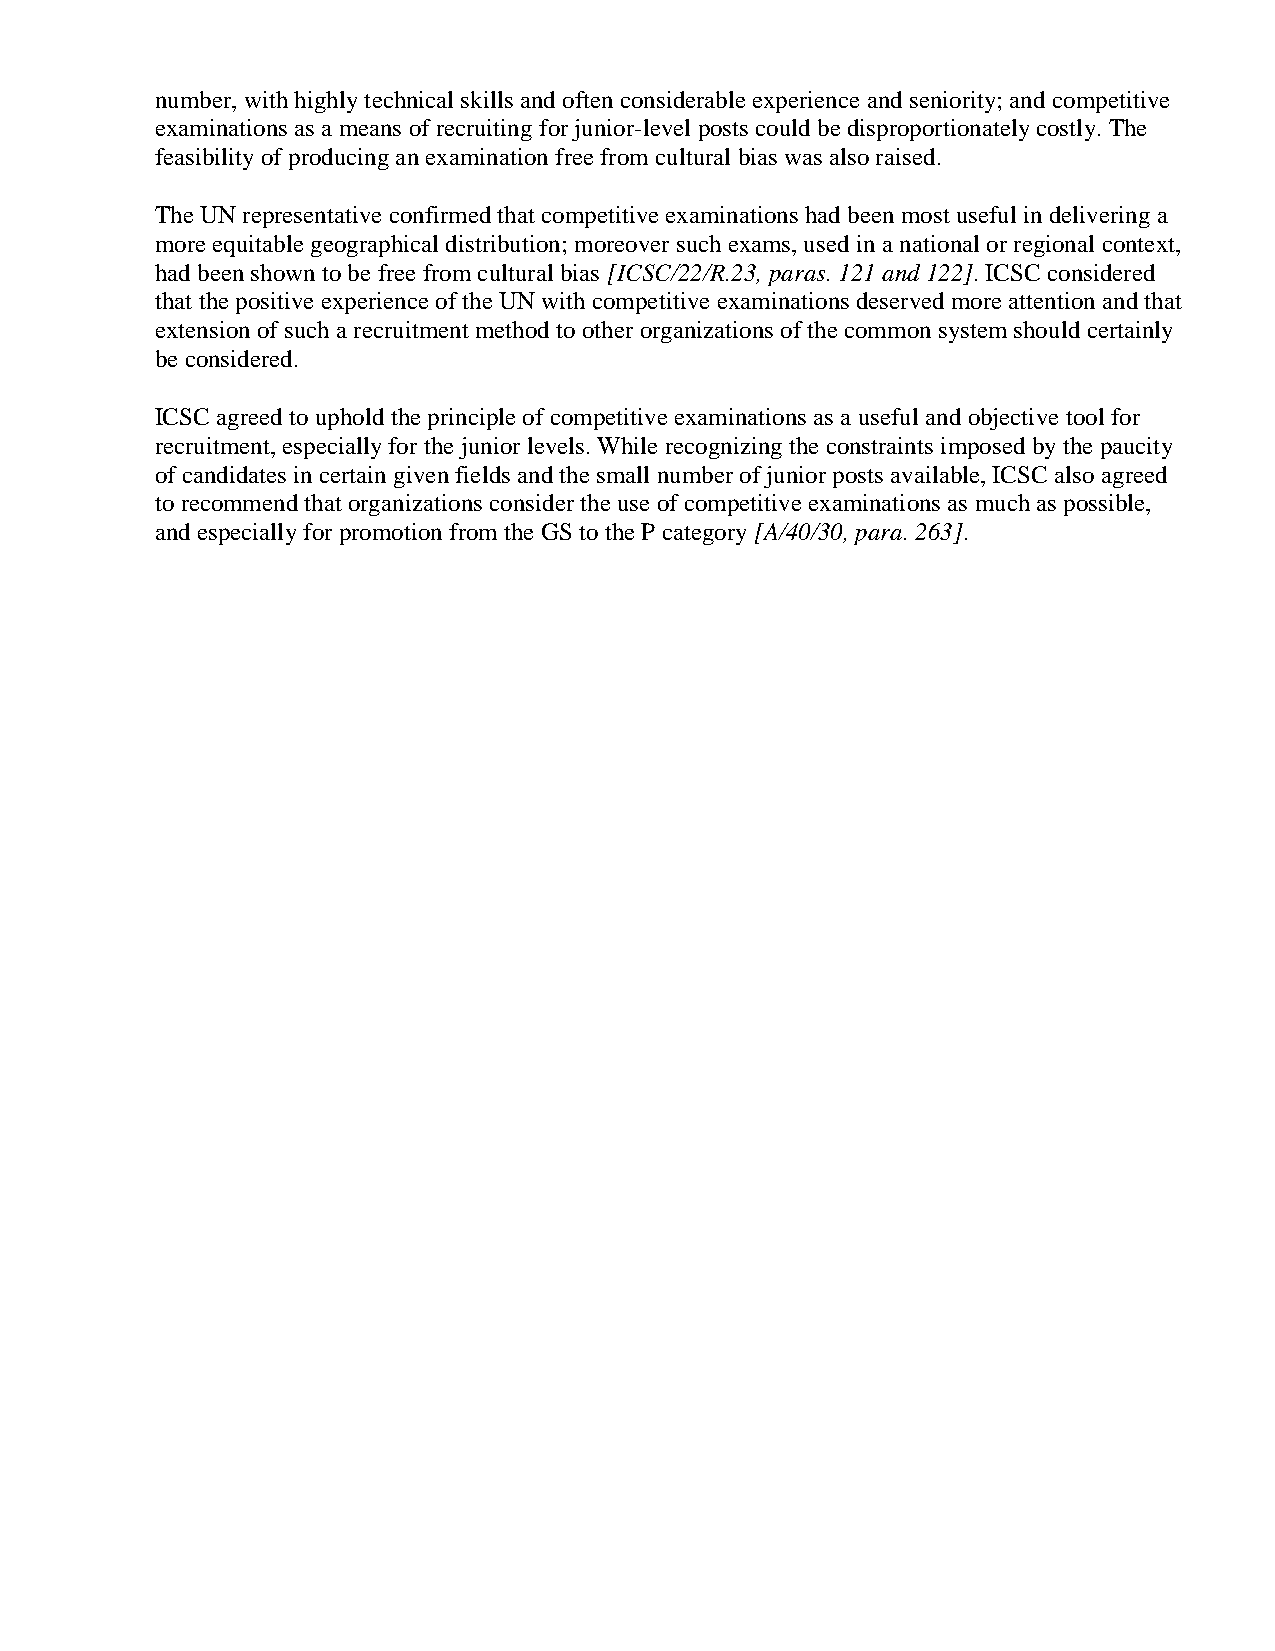
number, with highly technical skills and often considerable experience and seniority; and competitive
 examinations as a means of recruiting for junior-level posts could be disproportionately costly. The
 feasibility of producing an examination free from cultural bias was also raised.
 The UN representative confirmed that competitive examinations had been most useful in delivering a
 more equitable geographical distribution; moreover such exams, used in a national or regional context,
 had been shown to be free from cultural bias [ICSC/22/R.23, paras. 121 and 122]. ICSC considered
 that the positive experience of the UN with competitive examinations deserved more attention and that
 extension of such a recruitment method to other organizations of the common system should certainly
 be considered.
 ICSC agreed to uphold the principle of competitive examinations as a useful and objective tool for
 recruitment, especially for the junior levels. While recognizing the constraints imposed by the paucity
 of candidates in certain given fields and the small number of junior posts available, ICSC also agreed
 to recommend that organizations consider the use of competitive examinations as much as possible,
 and especially for promotion from the GS to the P category [A/40/30, para. 263].